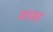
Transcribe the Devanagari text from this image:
मचमा